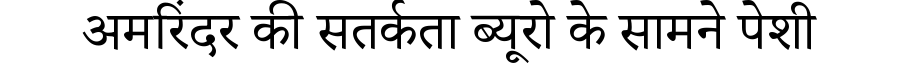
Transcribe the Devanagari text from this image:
अमरिंदर की सतर्कता ब्यूरो के सामने पेशी